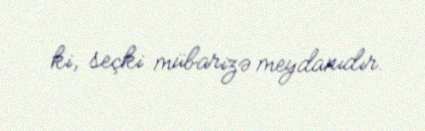
ki, seçki mübarizə meydanıdır.